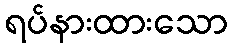
ရပ်နားထားသော